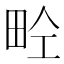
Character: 𤱝